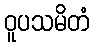
ဝူပသမိတံ